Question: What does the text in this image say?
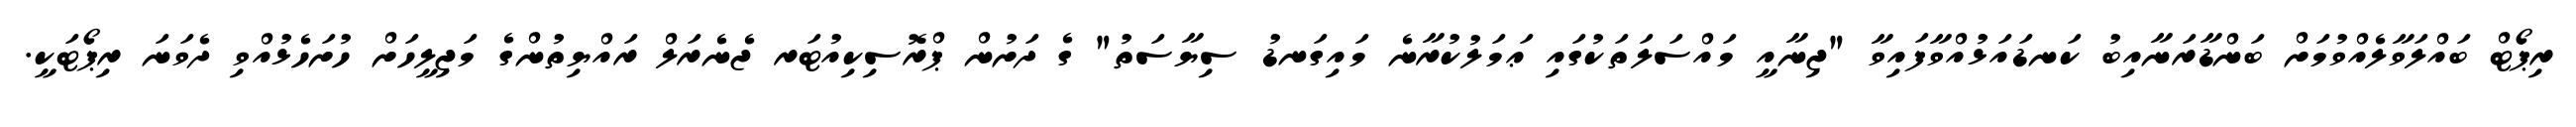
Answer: ރިޕޯޓް ބައްލަވާލެއްވުމަށް ބަންޑާރަނާއިބު ކަނޑައަޅުއްވާފައިވާ "ޖިނާއީ މައްސަލަތަކުގައި ޢަމަލުކުރާނެ މައިގަނޑު ސިޔާސަތު" ގެ ދަށުން ޕްރޮސިކިއުޓަރ ޖެނެރަލް ރައްޔިތުންގެ މަޖިލީހަށް ހުށަހެޅުއްވި ދެވަނަ ރިޕޯޓަކީ.